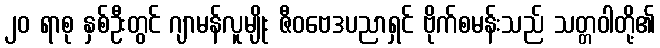
၂၀ ရာစု နှစ်ဦးတွင် ဂျာမန်လူမျိုး ဇီဝဗေဒပညာရှင် ဗိုက်စမန်းသည် သတ္တဝါတို့၏